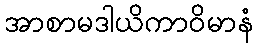
အာစာမဒါယိကာဝိမာနံ